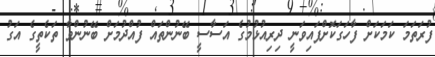
ފުރަތަމަ ކަމަކަށް ފާހަގަކޮށްފައިވަނީ ދިރިއުޅުމުގެ އަސާސީ ބޭނުންތައް ފުއްދުމަށް ބޭނުންވާ ތަކެތީގެ އަގު